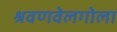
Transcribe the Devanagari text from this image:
श्रवणवेलगोला